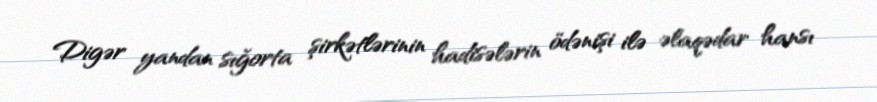
Digər yandan sığorta şirkətlərinin hadisələrin ödənişi ilə əlaqədar hansı